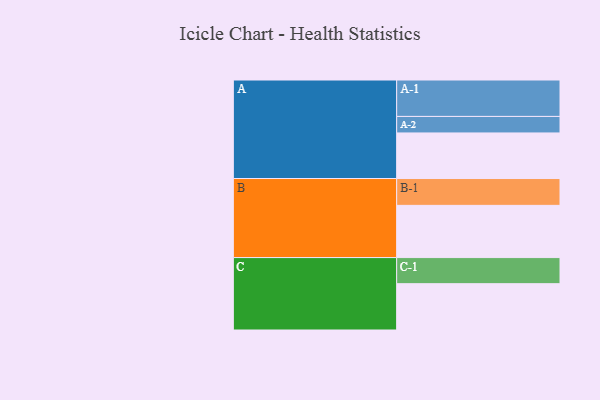
{"axis": {"x": "Segment", "y": "Value"}, "legend": ["", "A", "B", "C"], "data": [{"x": "A", "y": 309, "type": ""}, {"x": "B", "y": 354, "type": ""}, {"x": "C", "y": 314, "type": ""}, {"x": "A-1", "y": 247, "type": "A"}, {"x": "A-2", "y": 112, "type": "A"}, {"x": "B-1", "y": 182, "type": "B"}, {"x": "C-1", "y": 177, "type": "C"}]}